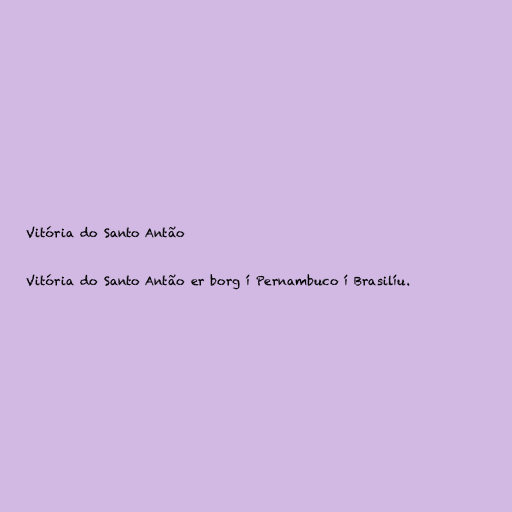
Vitória do Santo Antão

Vitória do Santo Antão er borg í Pernambuco í Brasilíu.